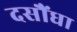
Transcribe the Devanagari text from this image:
दसौंधा